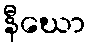
နီဃော